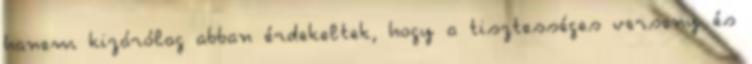
hanem kizárólag abban érdekeltek, hogy a tisztességes verseny és